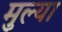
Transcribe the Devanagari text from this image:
मुल्या